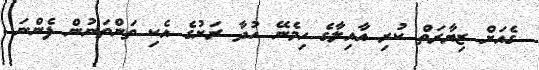
ގެއަށް ޒިޔާރަތް ކުރި އާއިލާގެ ހިމެނޭ ހުދާ ރަށުގެ އެކި ތަންތަނުން ފެންނަ